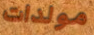
مولدات